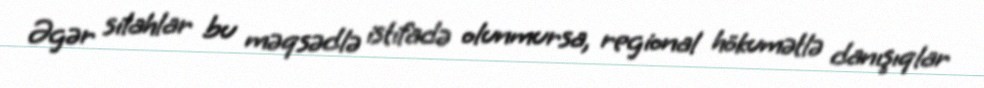
Əgər silahlar bu məqsədlə istifadə olunmursa, regional hökumətlə danışıqlar